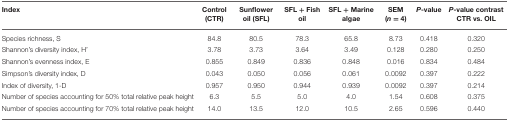
<table><thead><tr><td><b>Index</b></td><td><b>Control (CTR)</b></td><td><b>Sunflower oil (SFL)</b></td><td><b>SFL + Fish oil</b></td><td><b>SFL + Marine algae</b></td><td><b>SEM (<i>n</i> = 4)</b></td><td><b><i>P</i>-value</b></td><td><b><i>P</i>-value contrast CTR vs. OIL</b></td></tr></thead><tbody><tr><td>Species richness, S</td><td>84.8</td><td>80.5</td><td>78.3</td><td>65.8</td><td>8.73</td><td>0.418</td><td>0.320</td></tr><tr><td>Shannon&#x27;s diversity index, H&#x27;</td><td>3.78</td><td>3.73</td><td>3.64</td><td>3.49</td><td>0.128</td><td>0.280</td><td>0.250</td></tr><tr><td>Shannon&#x27;s evenness index, E</td><td>0.855</td><td>0.849</td><td>0.836</td><td>0.848</td><td>0.016</td><td>0.834</td><td>0.484</td></tr><tr><td>Simpson&#x27;s diversity index, D</td><td>0.043</td><td>0.050</td><td>0.056</td><td>0.061</td><td>0.0092</td><td>0.397</td><td>0.222</td></tr><tr><td>Index of diversity, 1-D</td><td>0.957</td><td>0.950</td><td>0.944</td><td>0.939</td><td>0.0092</td><td>0.397</td><td>0.214</td></tr><tr><td>Number of species accounting for 50% total relative peak height</td><td>6.3</td><td>5.5</td><td>5.0</td><td>4.0</td><td>1.54</td><td>0.608</td><td>0.375</td></tr><tr><td>Number of species accounting for 70% total relative peak height</td><td>14.0</td><td>13.5</td><td>12.0</td><td>10.5</td><td>2.65</td><td>0.596</td><td>0.440</td></tr></tbody></table>